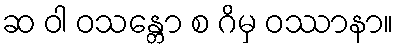
ဆ ဝါ ဝသန္တော စ ဂိမှ ဝဿာနာ။